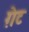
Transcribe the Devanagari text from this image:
ग़ेट